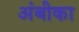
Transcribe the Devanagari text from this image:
अंबीका